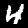
Digit: 4